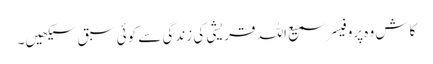
کاش وہ پروفیسر سمیع اللہ قریشی کی زندگی سے کوئی سبق سیکھیں۔